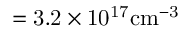
\mathrm { = 3 . 2 \times 1 0 ^ { 1 7 } c m ^ { - 3 } }